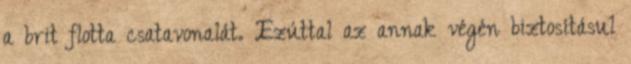
a brit flotta csatavonalát. Ezúttal az annak végén biztosításul